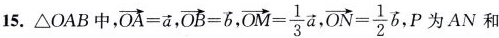
15.\triangle OAB中，$$\overrightarrow{OA}= \overrightarrow{a}$$,$$\overrightarrow{OB}= \overrightarrow{b}$$,$$\overrightarrow{OM}= \frac{1}{3}\overrightarrow{a}$$,$$\overrightarrow{ON}= \frac{1}{2}\overrightarrow{b}$$,P为AN和